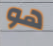
هو